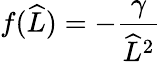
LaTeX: f(\widehat{L})=-\frac{\gamma}{\widehat{L}^{2}}